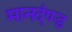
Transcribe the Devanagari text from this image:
मानदंण्ड